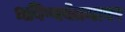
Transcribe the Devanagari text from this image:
भविष्यवेत्त्यावर